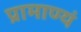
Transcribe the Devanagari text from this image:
प्रामाण्यं